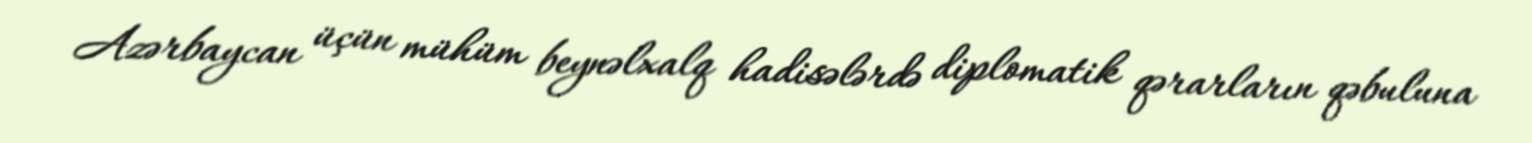
Azərbaycan üçün mühüm beynəlxalq hadisələrdə diplomatik qərarların qəbuluna